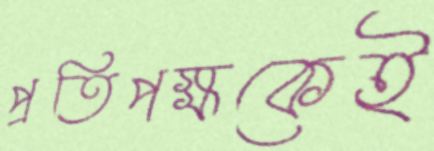
প্রতিপক্ষকেই